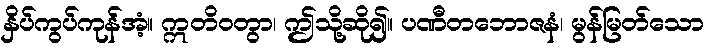
နှိပ်ကွပ်ကုန်အံ့။ ဣတိဝတွာ၊ ဤသို့ဆို၍။ ပဏီတဘောဇနံ၊ မွန်မြတ်သော